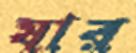
যার